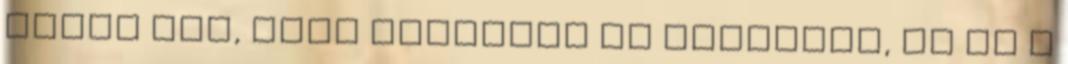
lenne baj, mert kenyeret és cirkuszt, na de a